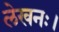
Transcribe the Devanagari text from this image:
लेखनः।